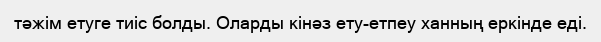
тәжім етуге тиіс болды. Оларды кінәз ету-етпеу ханның еркінде еді.